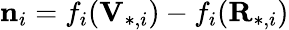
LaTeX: \mathbf{n}_{i}=f_{i}(\mathbf{V}_{*,i})-f_{i}(\mathbf{R}_{*,i})